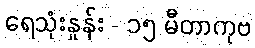
ရေသုံးနှုန်း - ၁၅ မီတာကုဗ